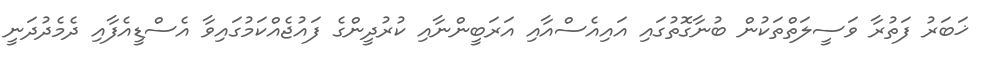
ޚަބަރު ފަތުރާ ވަސީލަތްތަކުން ބުނާގޮތުގައި އައިއެސްއާއި އަރަބީންނާއި ކުރުދީންގެ ފައުޖެއްކަމުގައިވާ އެސްޑީއެފާއި ދެމެދުދަނީ